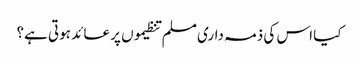
کیا اس کی ذمہ داری مسلم تنظیموں پر عائد ہوتی ہے؟